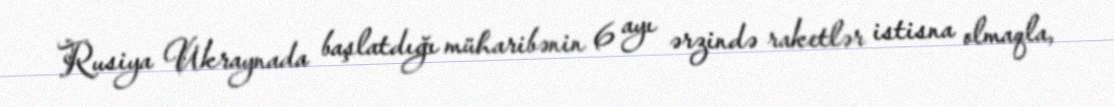
Rusiya Ukraynada başlatdığı müharibənin 6 ayı ərzində raketlər istisna olmaqla,